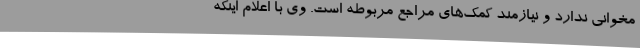
مخوانی ندارد و نیازمند کمک‌های مراجع مربوطه است. وی با اعلام اینکه